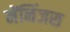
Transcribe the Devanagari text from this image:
मेंनिंजस